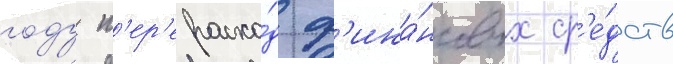
году п'ер'ерасхо́д ф'ина́нсовых ср'е́дств